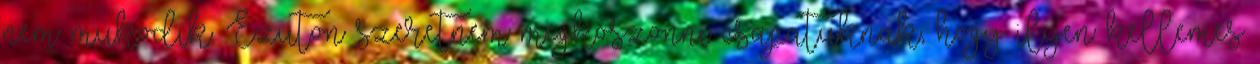
nem mukodik. Ezuton szeretnem megkoszonni csapatuknak, hogy ilyen kellemes